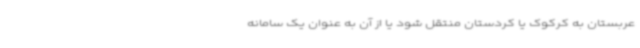
عربستان به کرکوک یا کردستان منتقل شود یا از آن به عنوان یک سامانه